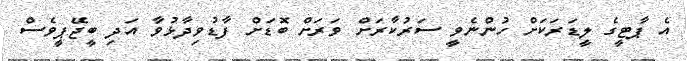
އެ ޕާޓީގެ ލީޑަރަކަށް ހުންނެވީ ސަރުކާރަށް ވަރަށް ބޮޑަށް ފާޑުވިދާޅުވާ އަދި ބީޖޭޕީވެސް